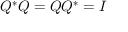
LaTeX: Q ^ { * } Q = Q Q ^ { * } = I